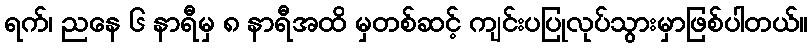
ရက်၊ ညနေ ၆ နာရီမှ ၈ နာရီအထိ မှတစ်ဆင့် ကျင်းပပြုလုပ်သွားမှာဖြစ်ပါတယ်။